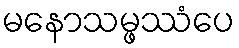
မနောသမ္ဖဿံပေ